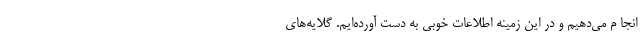
انجا م می‌دهیم و در این زمینه اطلاعات خوبی به دست آورده‌ایم. گلایه‌های